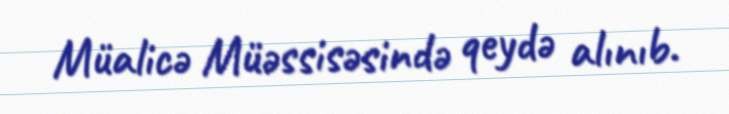
Müalicə Müəssisəsində qeydə alınıb.